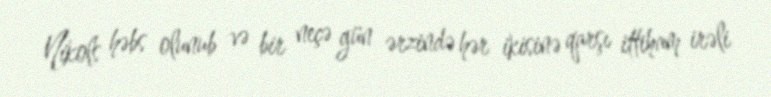
Nikols həbs olunub və bir neçə gün ərzində hər ikisinə qarşı ittiham irəli